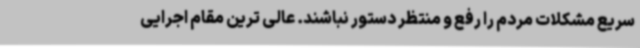
سریع مشکلات مردم را رفع و منتظر دستور نباشند. عالی ترین مقام اجرایی